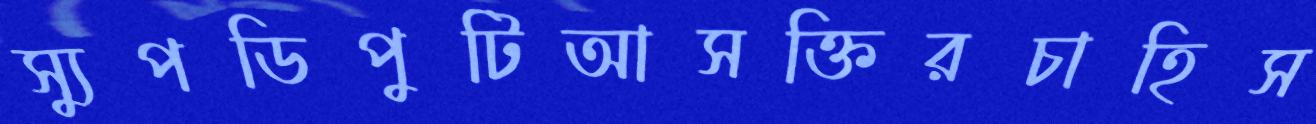
স্যুপডিপুটিআসক্তিরচাহিস